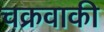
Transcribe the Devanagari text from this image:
चक्रवाकी